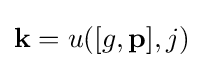
\mathbf {k} =u([g,\mathbf {p} ],j)